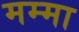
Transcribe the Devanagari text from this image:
मम्मा